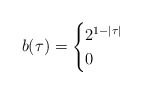
\begin{align*} b(\tau)= \begin{cases} 2^{1-|\tau|} & \\ 0 & \end{cases} \end{align*}